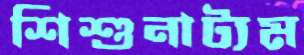
শিশুনাট্যম